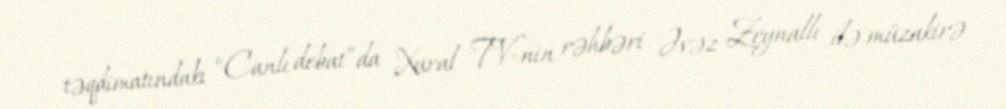
təqdimatındakı “Canlı debat”da Xural TV-nin rəhbəri Əvəz Zeynallı ilə müzakirə